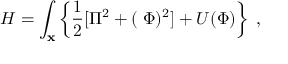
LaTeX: H = \int _ { \bf x } \left\{ \frac { 1 } { 2 } [ \Pi ^ { 2 } + ( { \bf \nabla } \Phi ) ^ { 2 } ] + U ( \Phi ) \right\} \; ,